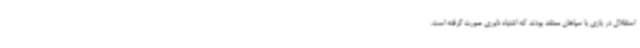
استقلال در بازی با سپاهان معتقد بودند که اشتباه داوری صورت گرفته است.